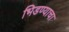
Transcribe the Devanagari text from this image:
भिडण्याचा